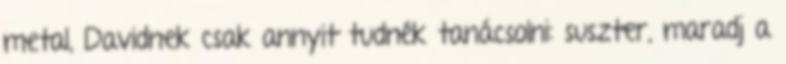
metal, Davidnek csak annyit tudnék tanácsolni: suszter, maradj a